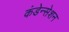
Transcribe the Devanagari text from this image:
कंडेन्सेशन